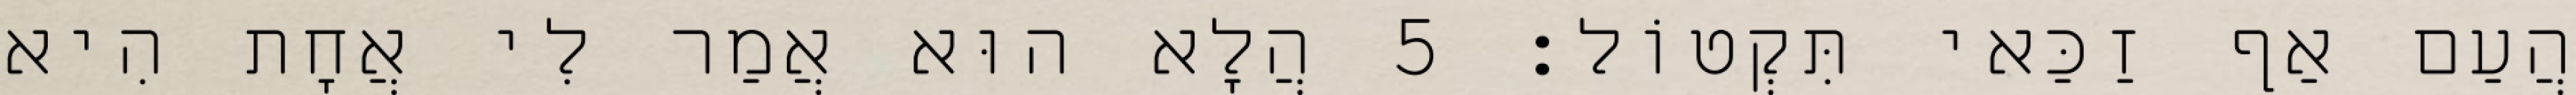
הֲעַם אַף זַכַּאי תִּקְטוֹל׃ 5 הֲלָא הוּא אֲמַר לִי אֲחָת הִיא